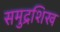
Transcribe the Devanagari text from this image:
समुद्रशिख